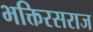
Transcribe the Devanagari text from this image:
भक्तिरसराज